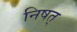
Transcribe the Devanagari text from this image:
निषत्